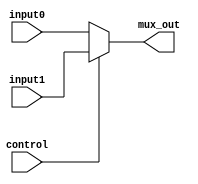
module Mux_2 (input0, input1, mux_out, control);
	input [31:0] input0, input1;
	output [31:0] mux_out;
	input control;
	assign mux_out=control?input1:input0;
endmodule